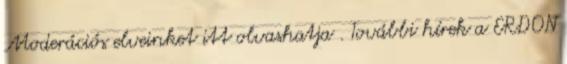
Moderációs elveinket itt olvashatja . További hírek a ERDON